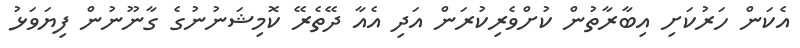
އެކަން ހަރުކަށި އިބާރާތުން ކުށްވެރިކުރަން އަދި އެއާ ދޭތެރޭ ކޮމިޝަނުނުގެ ގާނޫނުން ފިޔަވަޅު